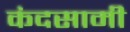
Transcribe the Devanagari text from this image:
कंदसामी